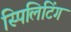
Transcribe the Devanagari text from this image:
स्पिलिटिंग